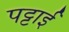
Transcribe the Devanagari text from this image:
पट्टाई